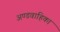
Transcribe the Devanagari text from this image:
अण्डवाहिका